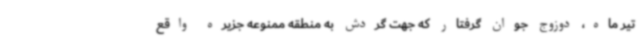
تیر ماه، دوزوج جوان گرفتار که جهت گردش به منطقه ممنوعه جزیره واقع